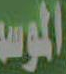
الموسم